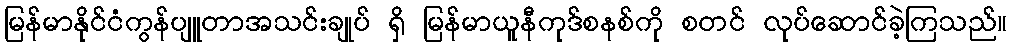
မြန်မာနိုင်ငံကွန်ပျူတာအသင်းချုပ် ရှိ မြန်မာယူနီကုဒ်စနစ်ကို စတင် လုပ်ဆောင်ခဲ့ကြသည်။